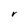
Character: V